Leningradi_Edasi_toimetus, lk 31
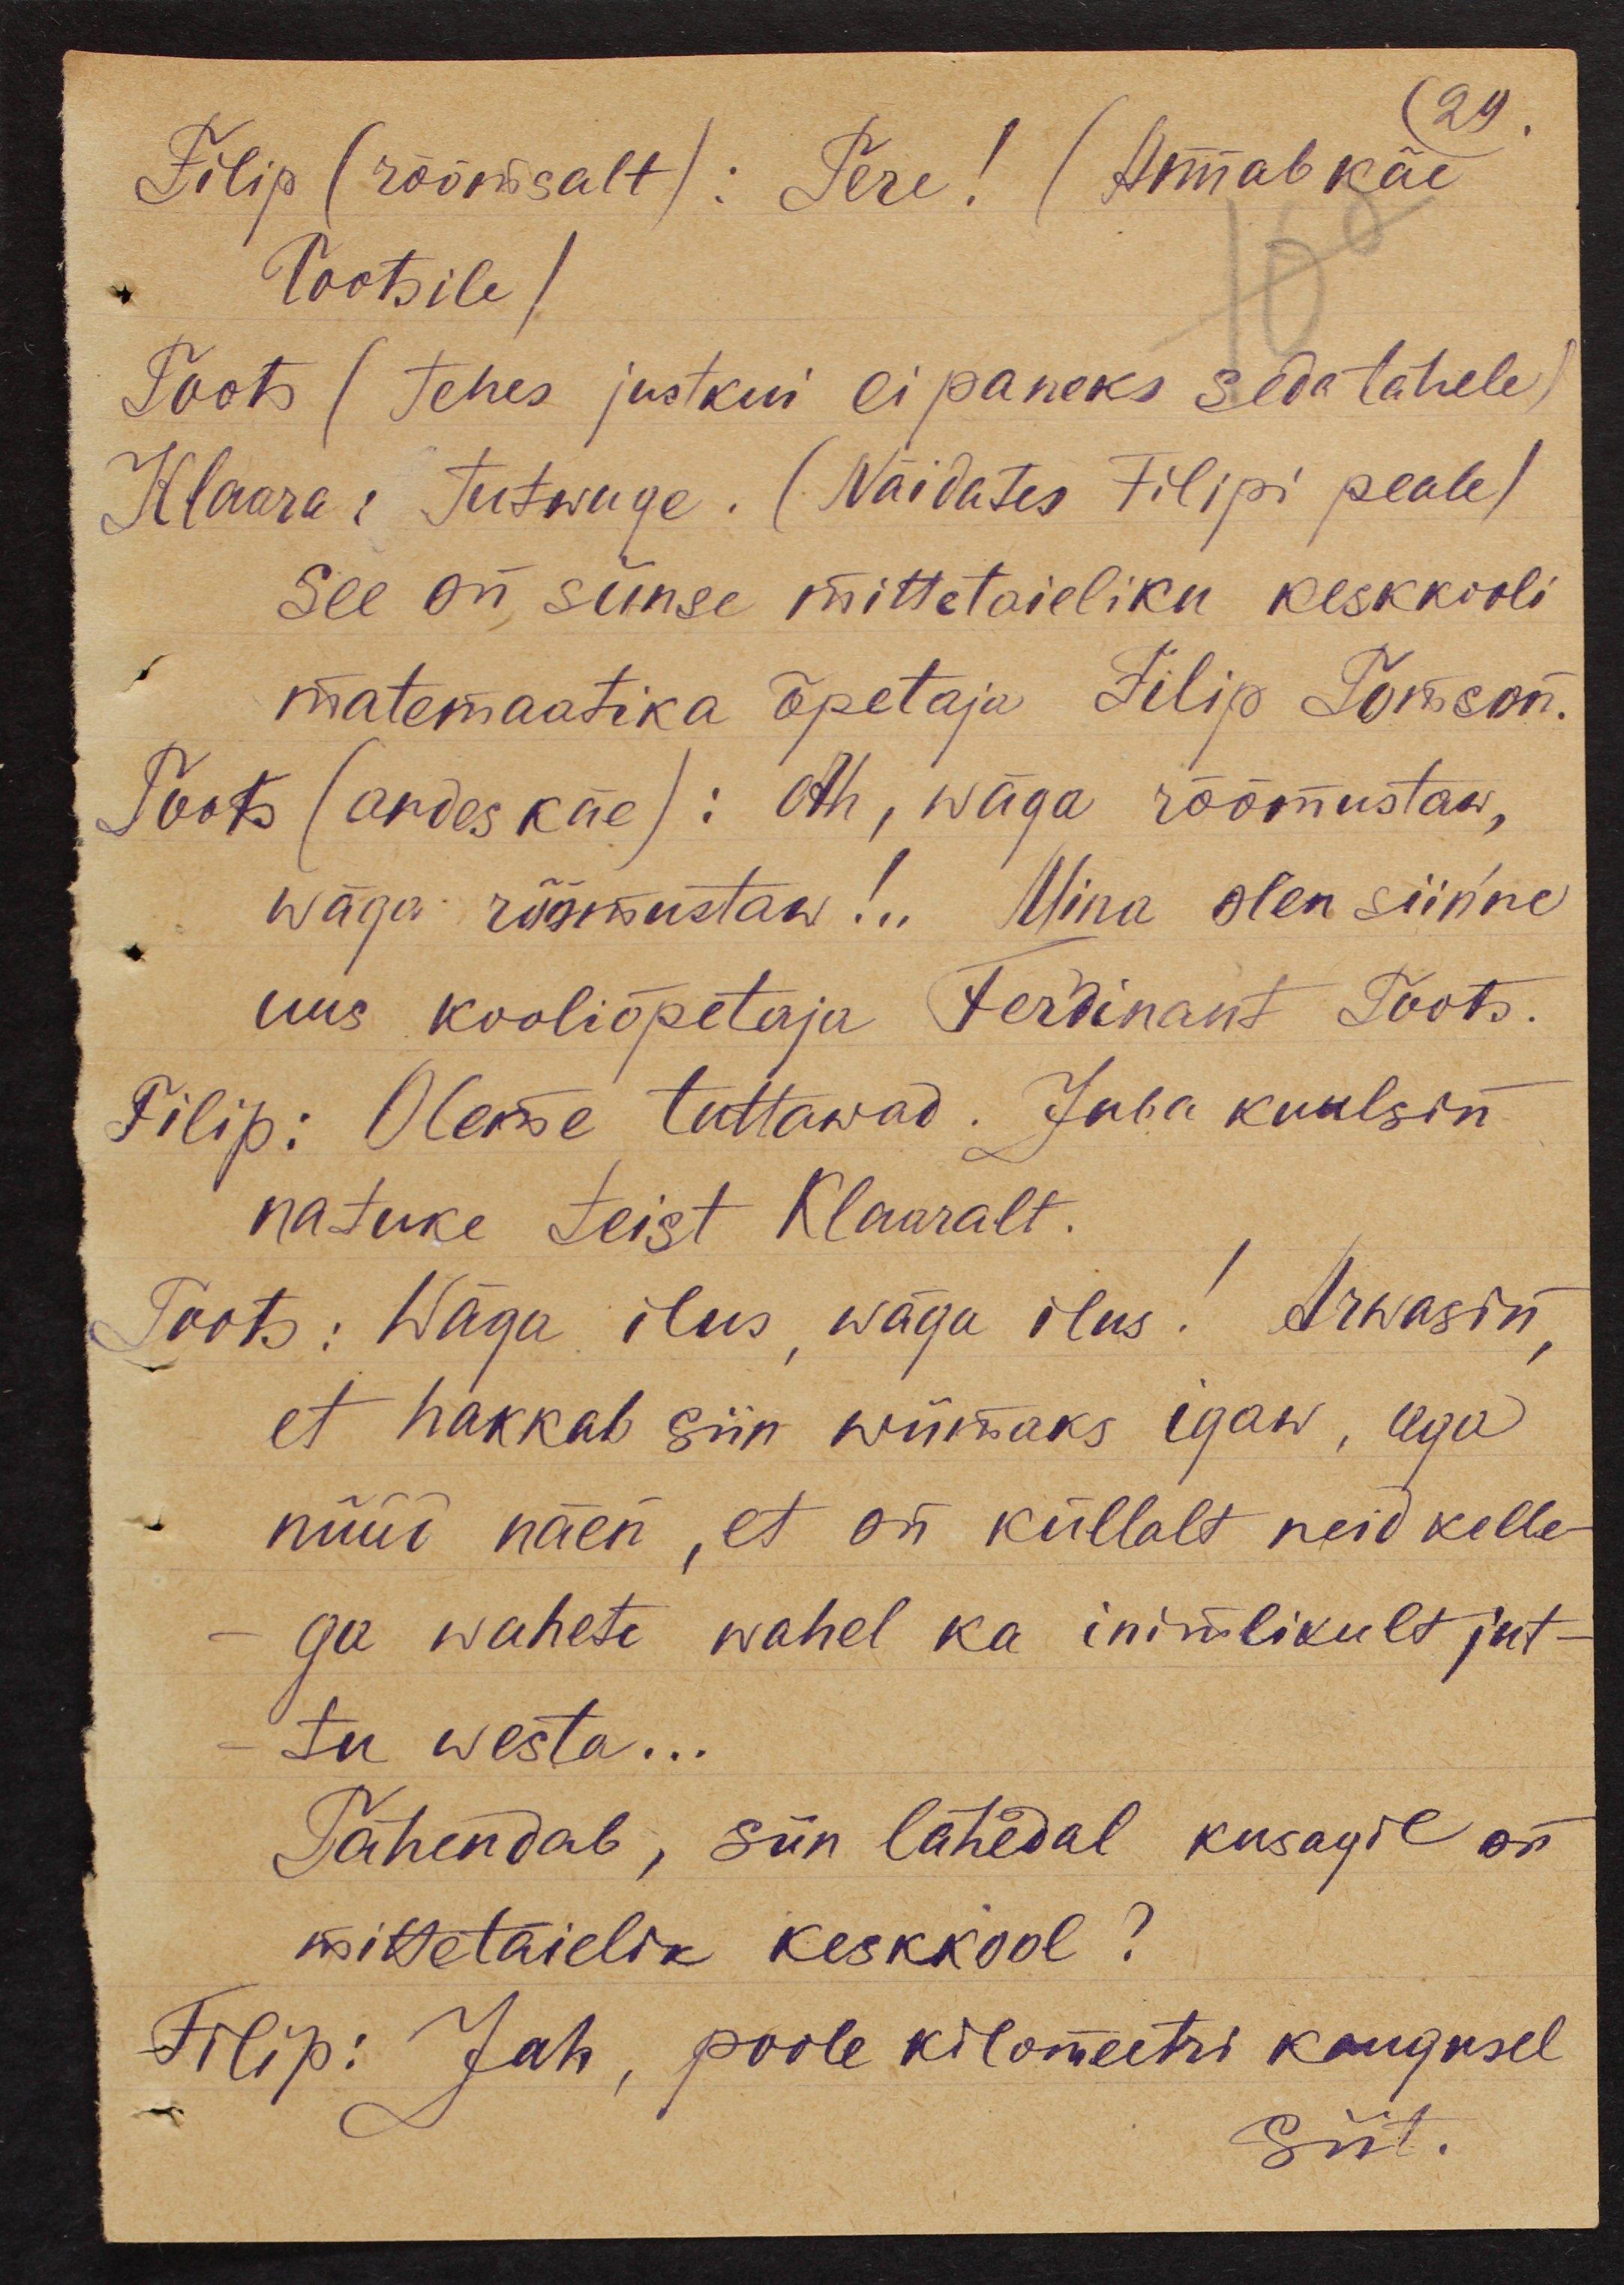
29.
Filip (rõõmsalt): Tere! (Annab käe
Tootsile)
Toots (tehes justkui ei paneks seda tähele)
Klaara: Tutwuge. (Näidates Filipi peale)
See on siinse mittetaieliku keskkooli
matemaatika õpetaja Filip Tomson.
Toots (andes käe): Ah, wäga rõõmustaw,
wäga rõõmustaw!.. Mina olen siin'ne
uus kooliõpetaja Ferdinant Toots.
Filip: Oleme tuttawad. Juba kuulsin
natuke teist Klaaralt.
Toots: Wäga ilus, wäga ilus! Arwasin,,
et hakkab siin wiimaks igaw, aga
nüüd näen, et on küllalt neid kelle-
ga wahete wahel ka inimlikult jut-
tu westa...
Tähendab, siin lähedal kusagil on
mittetäielik keskkool?
Filip: Jah, poole kilomeetri kaugusel
siit.